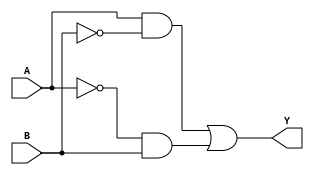
module xor_gate(
    input A,
    input B,
    output Y
);

wire inv_A, inv_B, and_A, and_B, final_or;

assign inv_A = ~A;
assign inv_B = ~B;
assign and_A = A & inv_B;
assign and_B = inv_A & B;
assign final_or = and_A | and_B;
assign Y = final_or;

endmodule